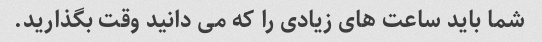
شما باید ساعت های زیادی را که می دانید وقت بگذارید.